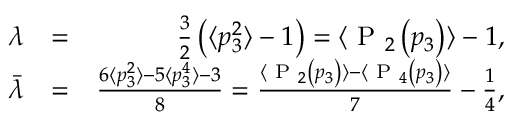
\begin{array} { r l r } { \lambda } & { = } & { \frac { 3 } { 2 } \left( \langle p _ { 3 } ^ { 2 } \rangle - 1 \right) = \langle \textrm { P } _ { 2 } \left( p _ { 3 } \right) \rangle - 1 , } \\ { \bar { \lambda } } & { = } & { \frac { 6 \langle p _ { 3 } ^ { 2 } \rangle - 5 \langle p _ { 3 } ^ { 4 } \rangle - 3 } { 8 } = \frac { \langle \textrm { P } _ { 2 } \left( p _ { 3 } \right) \rangle - \langle \textrm { P } _ { 4 } \left( p _ { 3 } \right) \rangle } { 7 } - \frac { 1 } { 4 } , } \end{array}